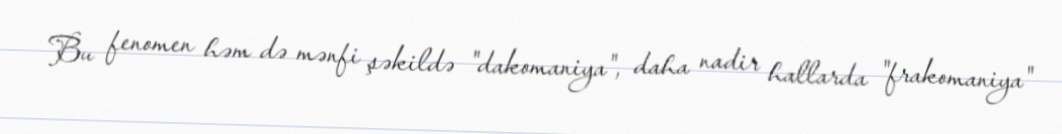
Bu fenomen həm də mənfi şəkildə "dakomaniya", daha nadir hallarda "frakomaniya"